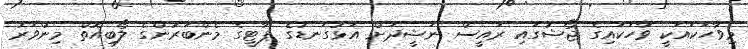
މިވާހަކައަކީ ވާހަކައިގެ ޖޯޝުގައި ރައީސް ނަޝީދަށް އަޅުގަނޑުގެ ޕާޓީގެ މެންބަރުންގެ ލޯބިއޮތް މިންވަރު